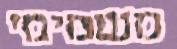
משמימי